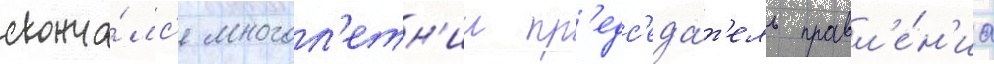
сконча́лс'я многол'етн'ии пр'едс'еда́т'ель правл'е́н'иа